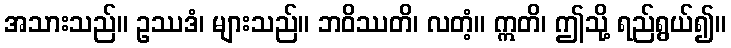
အသားသည်။ ဥဿဒံ၊ များသည်။ ဘဝိဿတိ၊ လတံ့။ ဣတိ၊ ဤသို့ ရည်ရွယ်၍။